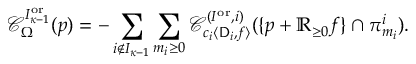
\mathcal { C } _ { \Omega } ^ { I _ { { \boldsymbol { \kappa } } - 1 } ^ { \mathrm { o r } } } ( p ) = - \sum _ { i \notin I _ { { \boldsymbol { \kappa } } - 1 } } \sum _ { m _ { i } \ge 0 } \mathcal { C } _ { c _ { i } \langle \mathsf { D } _ { i } , f \rangle } ^ { ( I ^ { \mathrm { o r } } , i ) } ( \{ p + \mathbb { R } _ { \ge 0 } f \} \cap \pi _ { m _ { i } } ^ { i } ) .